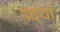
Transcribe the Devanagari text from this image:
१व्या